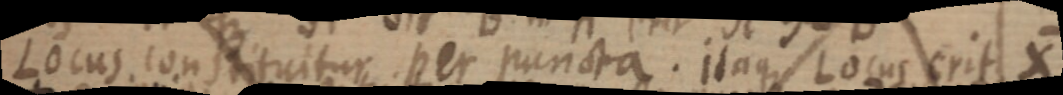
Locus constituitur per puncta. itaque Locus erit X